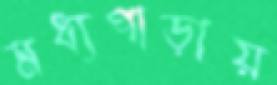
মধ্যপাড়ায়